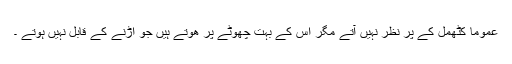
عموماً کٹھمل کے پر نظر نہیں آتے مگر اس کے بہت چھوٹے پر ھوتے ہیں جو اڑنے کے قابل نہیں ہوتے ۔